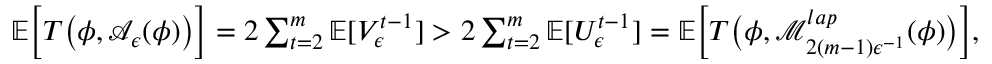
\begin{array} { r } { \mathbb { E } \Big [ T \big ( \phi , \mathcal { A } _ { \epsilon } ( \phi ) \big ) \Big ] = 2 \sum _ { t = 2 } ^ { m } \mathbb { E } [ V _ { \epsilon } ^ { t - 1 } ] > 2 \sum _ { t = 2 } ^ { m } \mathbb { E } [ U _ { \epsilon } ^ { t - 1 } ] = \mathbb { E } \Big [ T \big ( \phi , \mathcal { M } _ { 2 ( m - 1 ) \epsilon ^ { - 1 } } ^ { l a p } ( \phi ) \big ) \Big ] , } \end{array}